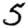
Digit: 5